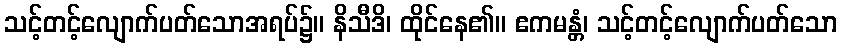
သင့်တင့်လျောက်ပတ်သောအရပ်၌။ နိသီဒိ၊ ထိုင်နေ၏။ ဧကမန္တံ၊ သင့်တင့်လျောက်ပတ်သော